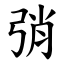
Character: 弰